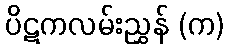
ပိဋကလမ်းညွှန် (က)